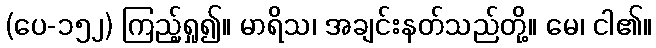
(ပေ-၁၅၂) ကြည့်ရှု၍။ မာရိသ၊ အချင်းနတ်သည်တို့။ မေ၊ ငါ၏။